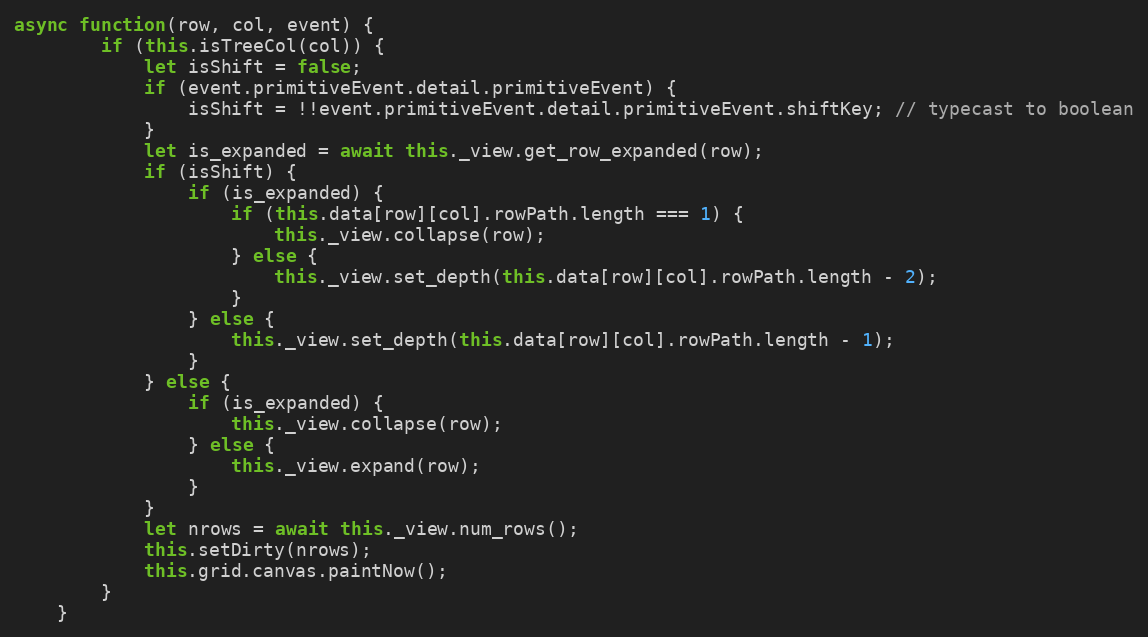
Language: JavaScript
async function(row, col, event) {
        if (this.isTreeCol(col)) {
            let isShift = false;
            if (event.primitiveEvent.detail.primitiveEvent) {
                isShift = !!event.primitiveEvent.detail.primitiveEvent.shiftKey; // typecast to boolean
            }
            let is_expanded = await this._view.get_row_expanded(row);
            if (isShift) {
                if (is_expanded) {
                    if (this.data[row][col].rowPath.length === 1) {
                        this._view.collapse(row);
                    } else {
                        this._view.set_depth(this.data[row][col].rowPath.length - 2);
                    }
                } else {
                    this._view.set_depth(this.data[row][col].rowPath.length - 1);
                }
            } else {
                if (is_expanded) {
                    this._view.collapse(row);
                } else {
                    this._view.expand(row);
                }
            }
            let nrows = await this._view.num_rows();
            this.setDirty(nrows);
            this.grid.canvas.paintNow();
        }
    }